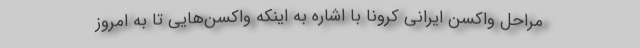
مراحل واکسن ایرانی کرونا با اشاره به اینکه واکسن‌هایی تا به امروز